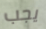
يجب